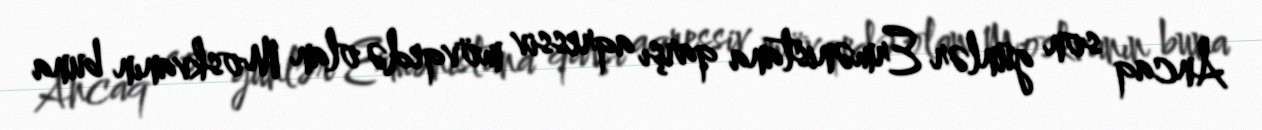
Ancaq son günlər Ermənistana qarşı aqressiv mövqedə olan Moskvanın buna